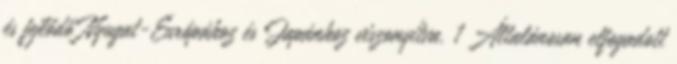
és fejlődő Nyugat-Európához és Japánhoz viszonyítva. 1 Általánosan elfogadott